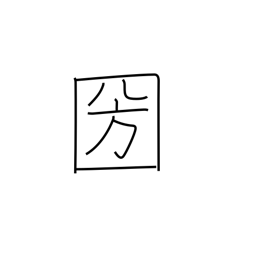
Meaning: country